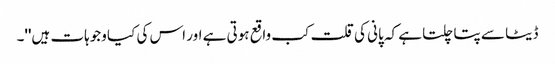
ڈیٹا سے پتا چلتا ہے کہ پانی کی قلت کب واقع ہوتی ہے اور اس کی کیا وجوہات ہیں''۔